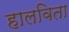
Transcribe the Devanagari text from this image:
हालविता